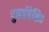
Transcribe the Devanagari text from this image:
पुनर्प्रवेशित